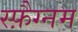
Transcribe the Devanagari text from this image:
स्फ़ैग्नम